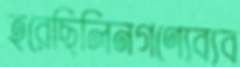
হরেছিলিনগণ্যেব্যব